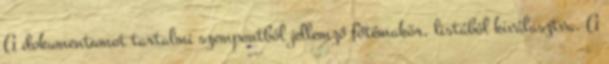
A dokumentumot tartalmi szempontból jellemző főtémakör, listából kiválasztva. A